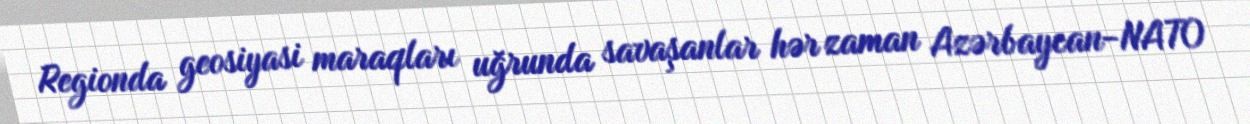
Regionda geosiyasi maraqları uğrunda savaşanlar hər zaman Azərbaycan-NATO